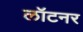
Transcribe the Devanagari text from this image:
लॉटनर